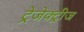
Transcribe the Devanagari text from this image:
ट्रेजेक्ट्रीज